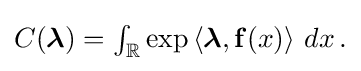
{\textstyle C({\boldsymbol {\lambda }})=\int _{\mathbb {R} }\exp \left\langle {\boldsymbol {\lambda }},\mathbf {f} (x)\right\rangle \,dx\,.}